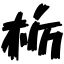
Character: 栃